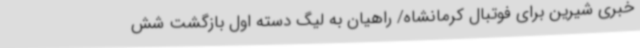
خبری شیرین برای فوتبال کرمانشاه/ راهیان به لیگ دسته اول بازگشت شش